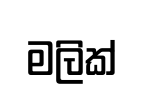
මලික්